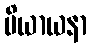
ပိယာယနာ